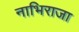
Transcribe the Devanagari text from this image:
नाभिराजा